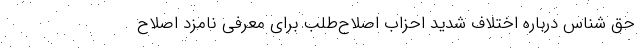
حق شناس درباره اختلاف شدید احزاب اصلاح‌طلب برای معرفی نامزد اصلاح